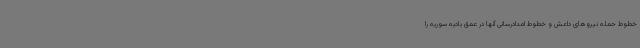
خطوط حمله نیروهای داعش و خطوط امدادرسانی آنها در عمق بادیه سوریه را